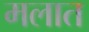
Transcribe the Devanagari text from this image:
मलात